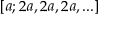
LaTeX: [ a ; 2 a , 2 a , 2 a , . . . ]